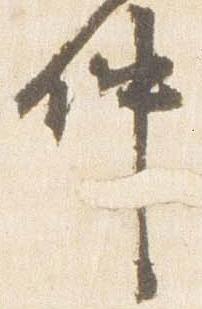
仲